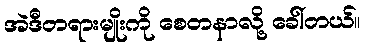
အဲဒီတရားမျိုးကို စေတနာလို့ ခေါ်တယ်။